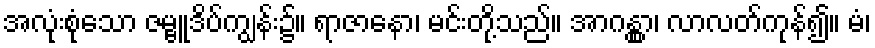
အလုံးစုံသော ဇမ္ဗူဒိပ်ကျွန်း၌။ ရာဇာနော၊ မင်းတို့သည်။ အာဂန္တွာ၊ လာလတ်ကုန်၍။ မံ၊